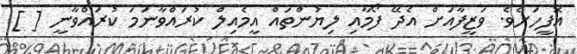
އޮފީހަށެވެ. ވަޒީފާއަށް އެދޭ ފޯމާއި ލިޔުންތައް އީމެއިލް ކުރައްވާނަމަ ކުރައްވާނީ [ ]